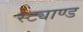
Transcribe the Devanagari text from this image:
स्ट्याण्ड